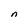
Character: n